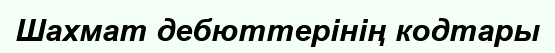
Шахмат дебюттерінің кодтары